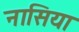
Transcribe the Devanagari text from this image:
नासिया